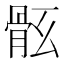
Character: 𩨤